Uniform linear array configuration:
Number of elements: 16
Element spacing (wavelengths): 0.75
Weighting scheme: blackman
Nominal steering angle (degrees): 60
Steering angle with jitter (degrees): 60.813
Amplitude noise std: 0.05
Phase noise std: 0.05

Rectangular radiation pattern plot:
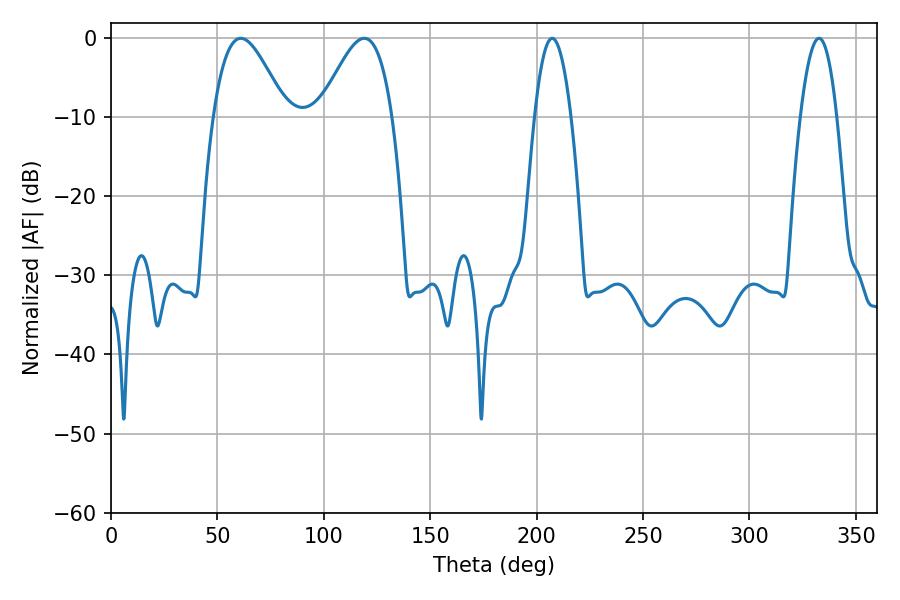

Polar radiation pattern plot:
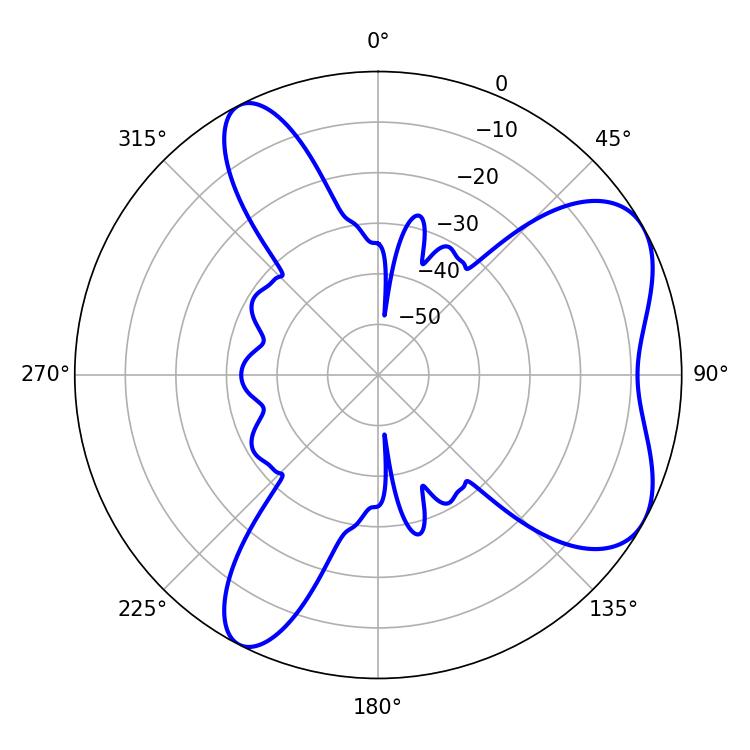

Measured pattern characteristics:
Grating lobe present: TRUE
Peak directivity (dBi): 6.157
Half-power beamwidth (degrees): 18.18
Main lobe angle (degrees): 61.02